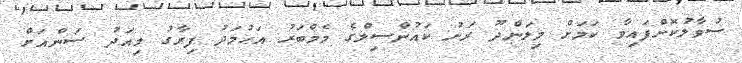
ސުވާލުކޮށްފައިވާ ކަމަށް މިލަންދޫ ރަށު ކައުންސިލްގެ މެމްބަރު އަޙުމަދު ފިރާގު މިއަދު ސަންއަށް